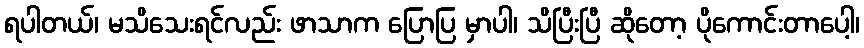
ရပါတယ်၊ မသိသေးရင်လည်း ဖာသာက ပြောပြ မှာပါ၊ သိပြီးပြီ ဆိုတော့ ပိုကောင်းတာပေါ့၊